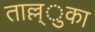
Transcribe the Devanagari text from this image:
ताल्ल्ुका